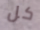
كل